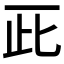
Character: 𠀢